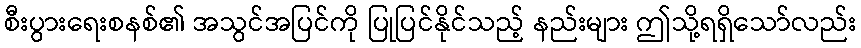
စီးပွားရေးစနစ်၏ အသွင်အပြင်ကို ပြုပြင်နိုင်သည့် နည်းများ ဤသို့ရရှိသော်လည်း